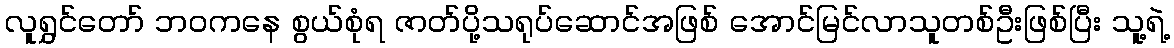
လူရွှင်တော် ဘဝကနေ စွယ်စုံရ ဇာတ်ပို့သရုပ်ဆောင်အဖြစ် အောင်မြင်လာသူတစ်ဦးဖြစ်ပြီး သူ့ရဲ့